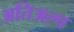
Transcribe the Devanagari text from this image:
अतिअल्प